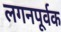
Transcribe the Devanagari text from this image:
लगनपूर्वक